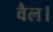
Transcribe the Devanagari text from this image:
वैल।